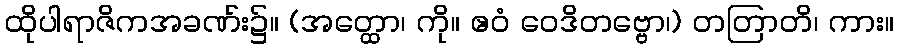
ထိုပါရာဇိကအခဏ်း၌။ (အတ္ထော၊ ကို။ ဧဝံ ဝေဒိတဗ္ဗော၊) တတြာတိ၊ ကား။